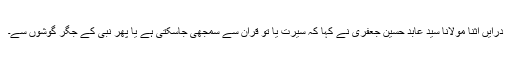
درایں اثنا مولانا سید عابد حسین جعفری نے کہا کہ سیرت یا تو قرآن سے سمجھی جاسکتی ہے یا پھر نبی کے جگر گوشوں سے۔